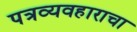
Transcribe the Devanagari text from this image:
पत्रव्यवहाराचा